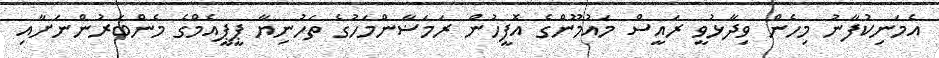
އެމަނިކުފާނު މިހެން ވިދާޅުވީ ރައީސް މައުމޫންގެ އޮފީހުން ރަމަޟާންމަހުގެ ތަހުނިޔާ ޕީޕީއެމްގެ މެންބަރުންނަށާއި